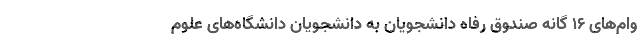
وام‌های ۱۶ گانه صندوق رفاه دانشجویان به دانشجویان دانشگاه‌های علوم